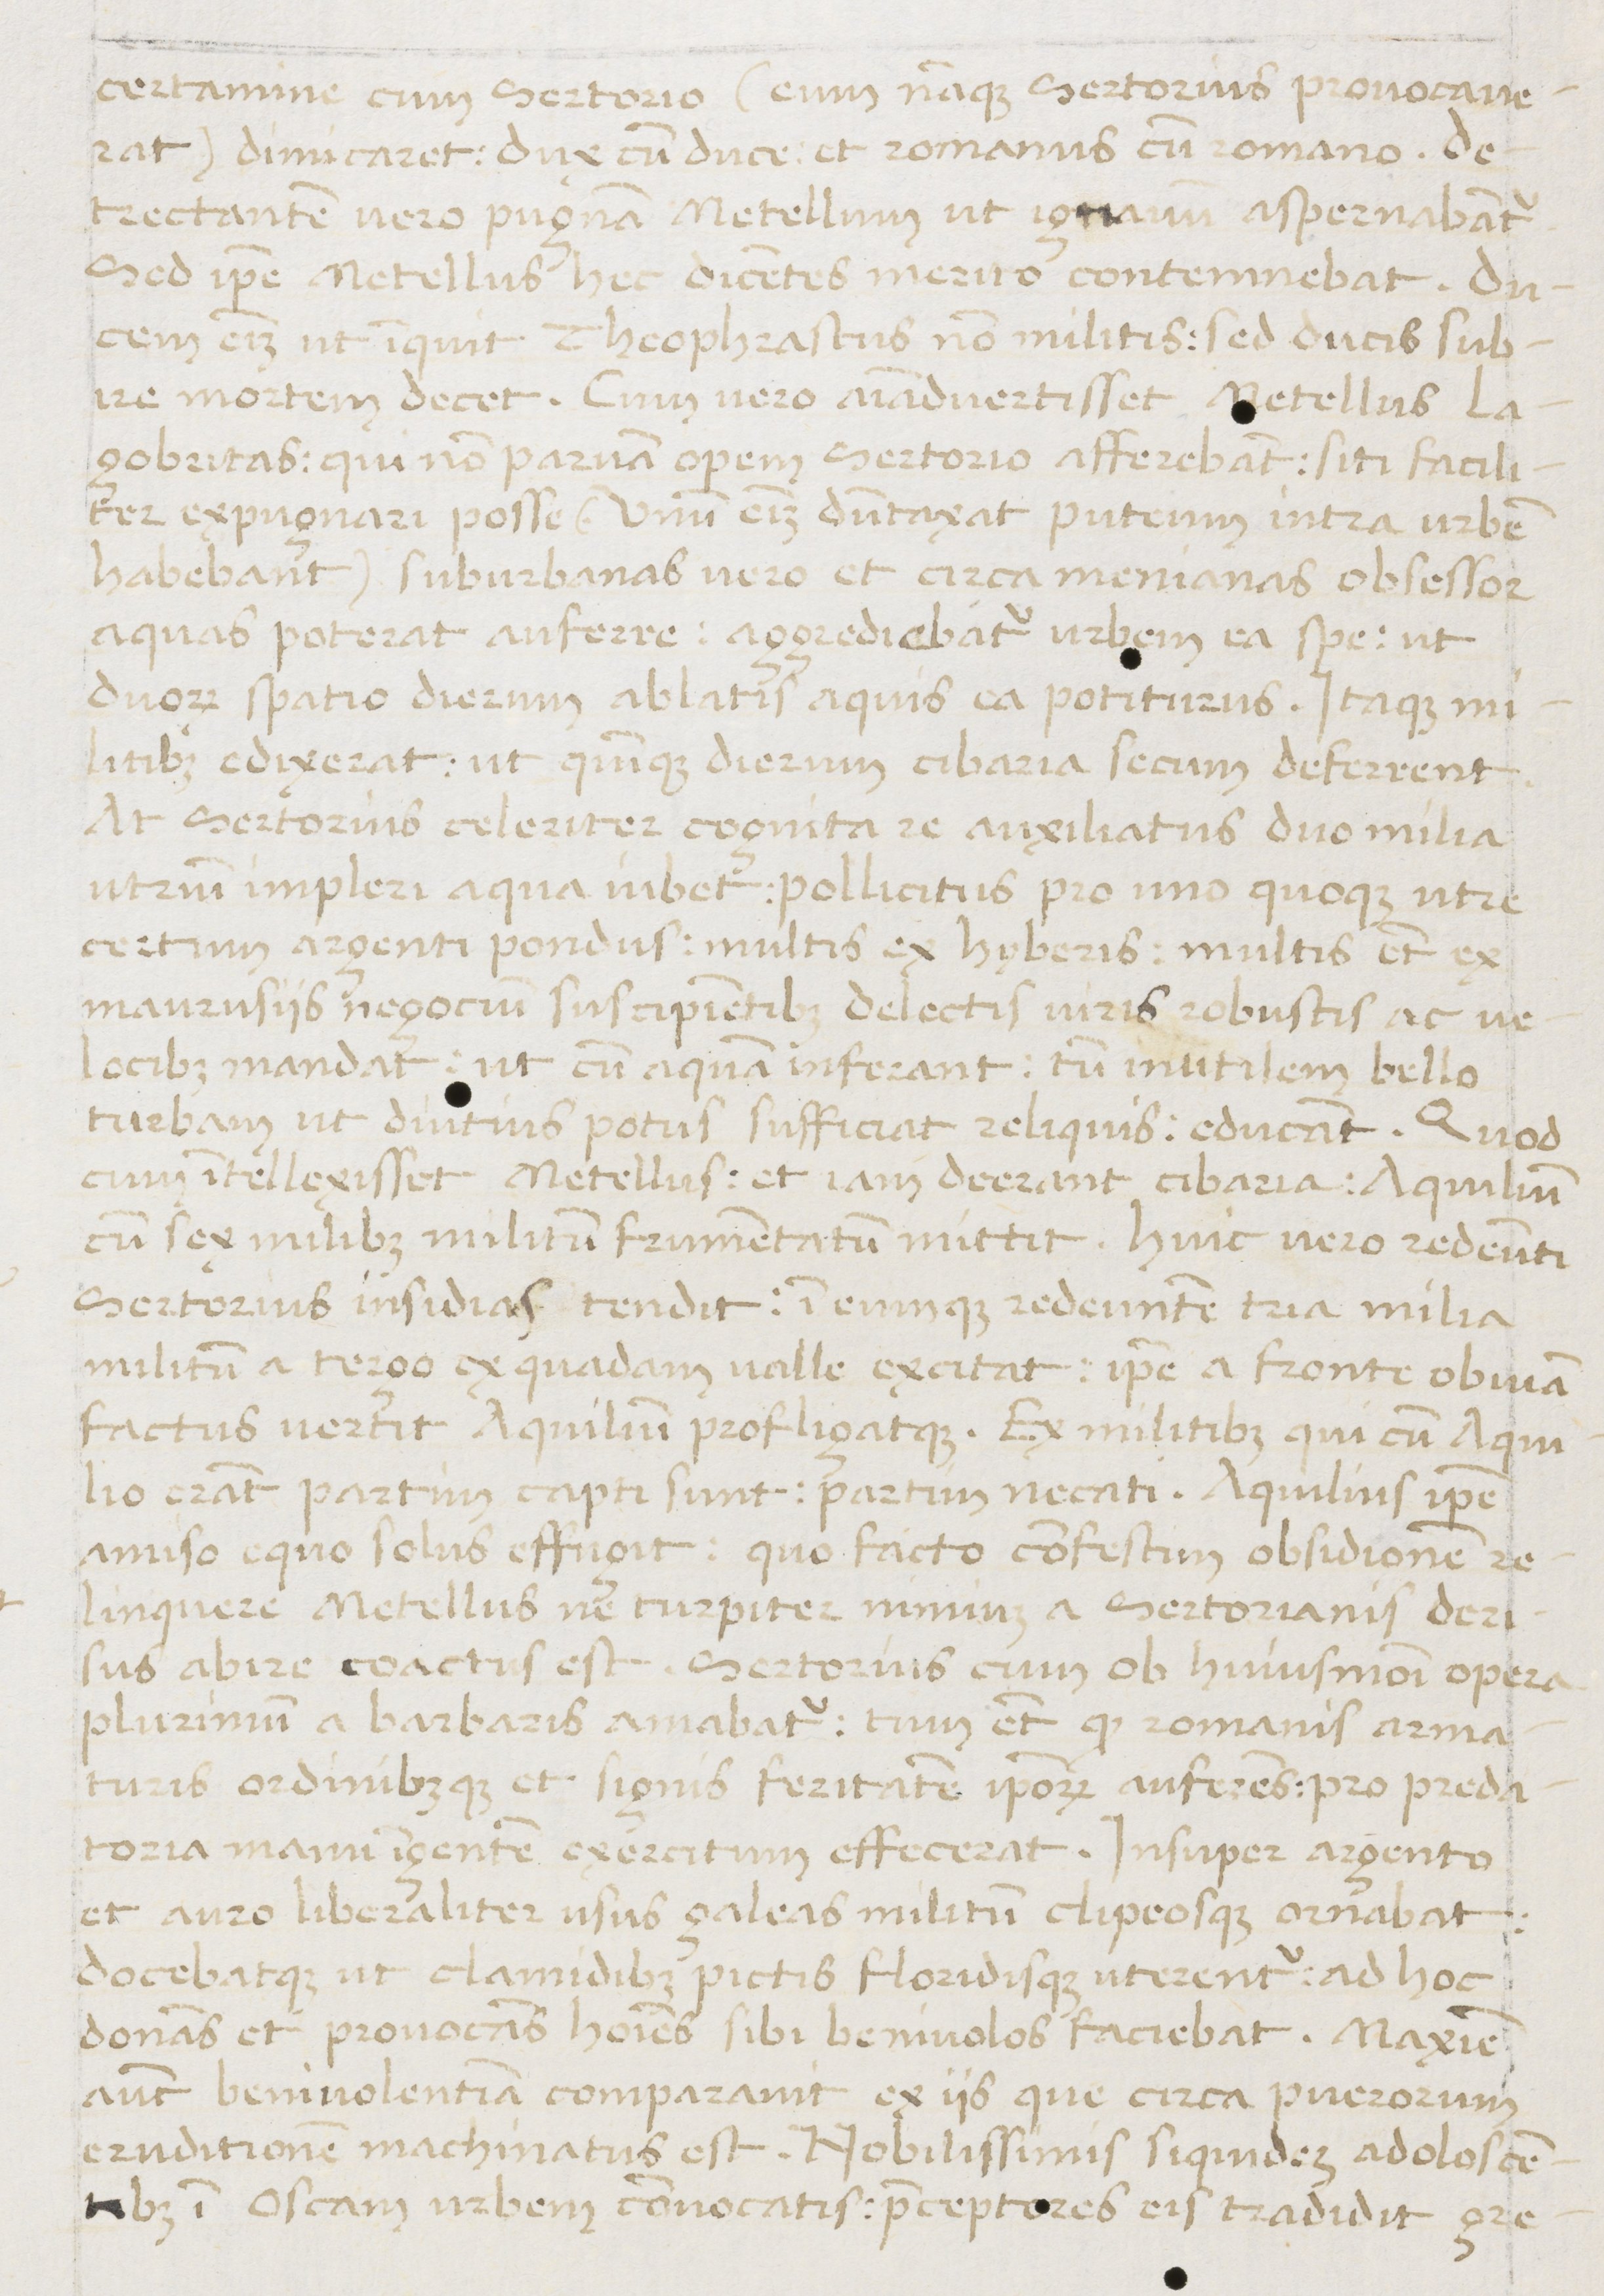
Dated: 1450–1474